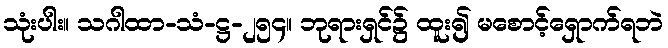
သုံးပါး။ သဂါထာ-သံ-ဋ္ဌ-၂၅၄။ ဘုရားရှင်၌ ထူး၍ မစောင့်ရှောက်ရဘဲ